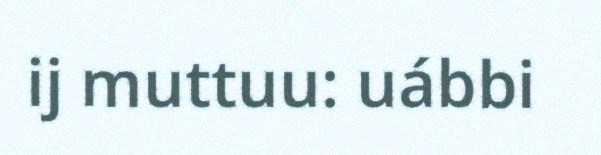
ij muttuu: uábbi